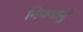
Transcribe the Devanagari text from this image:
नियमोनुं